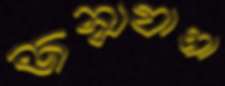
জন্মযাত্রা